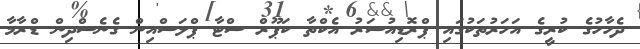
ދެހާހުގެ ކުރީގެ އަހަރުތަކުގައި ޕްރޮޑިއުސަރު އެކްތާ ކަޕޫރް ސްޓާ ޕްލަސްއިން ގެނެސްދިން ޑްރާމާ